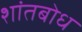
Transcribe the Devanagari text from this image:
शांतबोध